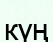
күң